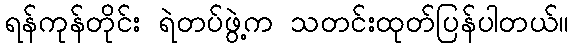
ရန်ကုန်တိုင်း ရဲတပ်ဖွဲ့က သတင်းထုတ်ပြန်ပါတယ်။